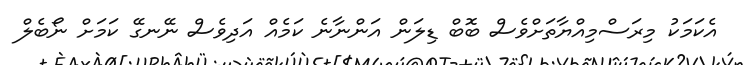
އެކަމަކު މިރަސްމިއްޔާތަށްވެސް ބޮބް ޑިލަން އަންނާނެ ކަމެއް އަދިވެސް ނޭނގޭ ކަމަށް ނޯބެލް